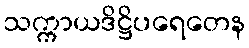
သက္ကာယဒိဋ္ဌိပရေတေန